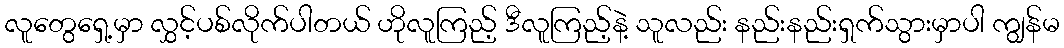
လူတွေရှေ့မှာ လွှင့်ပစ်လိုက်ပါတယ် ဟိုလူကြည့် ဒီလူကြည့်နဲ့ သူလည်း နည်းနည်းရှက်သွားမှာပါ ကျွန်မ